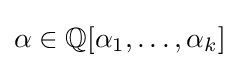
\alpha \in \mathbb {Q} [\alpha _{1},\ldots ,\alpha _{k}]